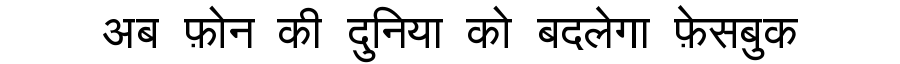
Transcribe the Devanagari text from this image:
अब फ़ोन की दुनिया को बदलेगा फ़ेसबुक